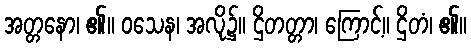
အတ္တနော၊ ၏။ ဝသေန၊ အလို၌။ ဌိတတ္တာ၊ ကြောင့်။ ဌိတံ၊ ၏။